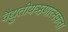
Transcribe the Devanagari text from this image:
वैद्युतीयऋणात्मकता